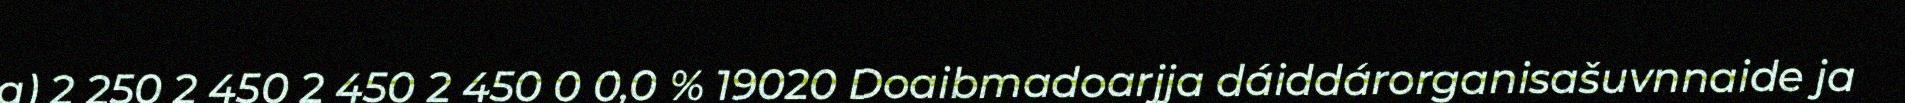
a) 2 250 2 450 2 450 2 450 0 0,0 % 19020 Doaibmadoarjja dáiddárorganisašuvnnaide ja